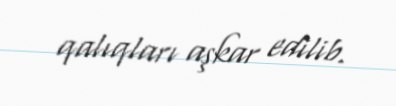
qalıqları aşkar edilib.